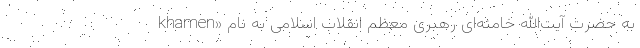
به حضرت آیت‌الله خامنه‌ای رهبری معظم انقلاب اسلامی به نام «khamen